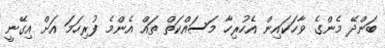
ބަންދޭ މެންގެ ވާހަކައިން އެހުރިހާ މަސައްކަތް ތައް އެންމެ ފުރިހަމަ އަށް އިގޭނީ